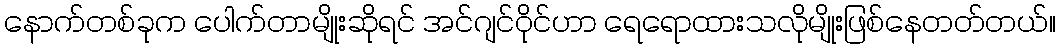
နောက်တစ်ခုက ပေါက်တာမျိုးဆိုရင် အင်ဂျင်ဝိုင်ဟာ ရေရောထားသလိုမျိုးဖြစ်နေတတ်တယ်။